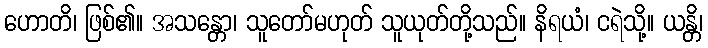
ဟောတိ၊ ဖြစ်၏။ အသန္တော၊ သူတော်မဟုတ် သူယုတ်တို့သည်။ နိရယံ၊ ငရဲသို့။ ယန္တိ၊